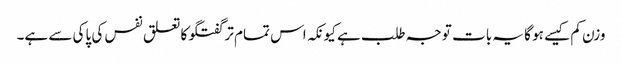
وزن کم کیسے ہو گا یہ بات توجہ طلب ہے کیونکہ اس تمام تر گفتگو کا تعلق نفس کی پاکی سے ہے۔